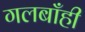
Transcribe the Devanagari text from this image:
गलबाँही